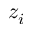
z _ { i }